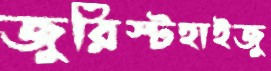
জুরিস্টহাইজু